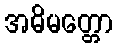
အဓိမတ္တော